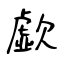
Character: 歔